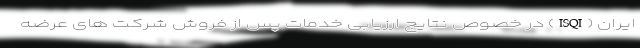
ایران (ISQI) در خصوص نتایج ارزیابی خدمات پس از فروش شرکت های عرضه